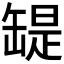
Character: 𦉁